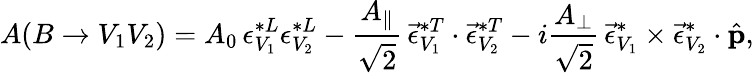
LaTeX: A(B\to V_{1}V_{2})=A_{0}\, {\epsilon}_{V_{1}}^{*L}{\epsilon}_{V_{2}}^{*L}-\frac{A_{\| }}{\sqrt{2}}\, \vec{\epsilon}_{V_{1}}^{*T}\cdot\vec{\epsilon}_{V_{2}}^{*T}-i\frac{A_{\perp}}{\sqrt{2}}\, \vec{\epsilon}_{V_{1}}^{*}\times\vec{\epsilon}_{V_{2}}^{*}\cdot\hat{\mathbf p},